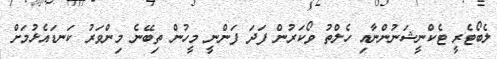
ލެބޯޓެރީ ޓެކްނީޝަނުންނާއި ހެލްތު ވޯކަރުން ފަދަ ފަންނީ މީހުން ތިބޭނެ މިންވަރު ކަނޑައެޅުމަށް